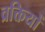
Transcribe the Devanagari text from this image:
व्रक्तियों